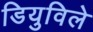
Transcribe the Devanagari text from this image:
डियुविले